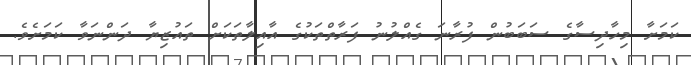
ކަމަށާ މިހާދިސާގެ ސަބަބުން ފުރާނަ ގެއްލުނު ފަރާތްތަކުގެ އާއިލާތަކަށް ތައުޒިޔާ ދަންނަވާ ކަމަށެވެ.